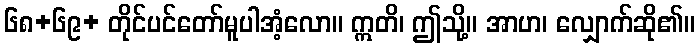
၆၈+၆၉+ တိုင်ပင်တော်မူပါအံ့လော။ ဣတိ၊ ဤသို့။ အာဟ၊ လျှောက်ဆို၏။